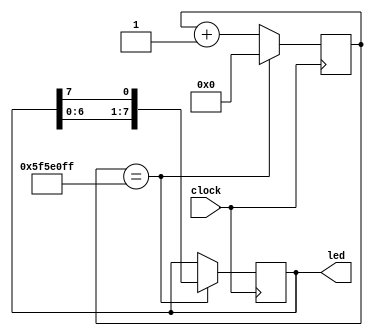
`timescale 1ns / 1ps
//////////////////////////////////////////////////////////////////////////////////
// Company:
// Engineer:
//
// Design Name:
// Module Name: led_first
// Project Name:
// Target Devices:
// Tool Versions:
// Description:
//
// Dependencies:
//
// Revision:
// Revision 0.01 - File Created
// Additional Comments:
//
//////////////////////////////////////////////////////////////////////////////////


module led_first(
           input        clock,
           output [7:0] led
       );
parameter CNT_1S = 27'd99_999_999;

reg [7:0] led_tmp;

assign led = led_tmp;

//count
reg [26:0] cnt;
wire cnt_eq_1s = cnt == CNT_1S;

always @(posedge clock) begin
    if(cnt_eq_1s) begin
        cnt <= 27'd0;
    end
    else begin
        cnt <= cnt+1'b1;
    end
end

always @(posedge clock) begin
    if(cnt_eq_1s) begin
        led_tmp <= {led_tmp[6:0],led_tmp[7]};
    end
end

/*
initial
begin
    forever
    begin
        #10 led_tmp = 8'h01;
        #10 led_tmp = 8'h02;
        #10 led_tmp = 8'h04;
        #10 led_tmp = 8'h08;
        #10 led_tmp = 8'h10;
        #10 led_tmp = 8'h20;
        #10 led_tmp = 8'h40;
        #10 led_tmp = 8'h80;
    end
end
*/
endmodule